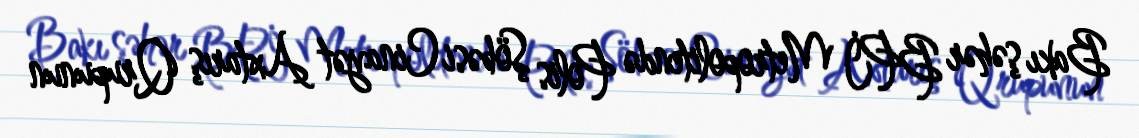
Bakı şəhər BPİ Metropolitendə Polis Şöbəsi Cinayət Axtarış Qrupunun